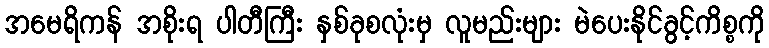
အမေရိကန် အစိုးရ ပါတီကြီး နှစ်ခုစလုံးမှ လူမည်းများ မဲပေးနိုင်ခွင့်ကိစ္စကို